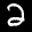
Label: 2